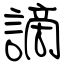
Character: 謫